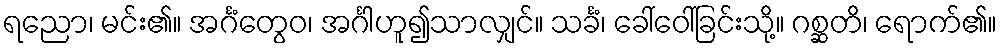
ရညော၊ မင်း၏။ အင်္ဂံတွေဝ၊ အင်္ဂါဟူ၍သာလျှင်။ သင်္ခံ၊ ခေါ်ဝေါ်ခြင်းသို့။ ဂစ္ဆတိ၊ ရောက်၏။